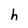
Character: h